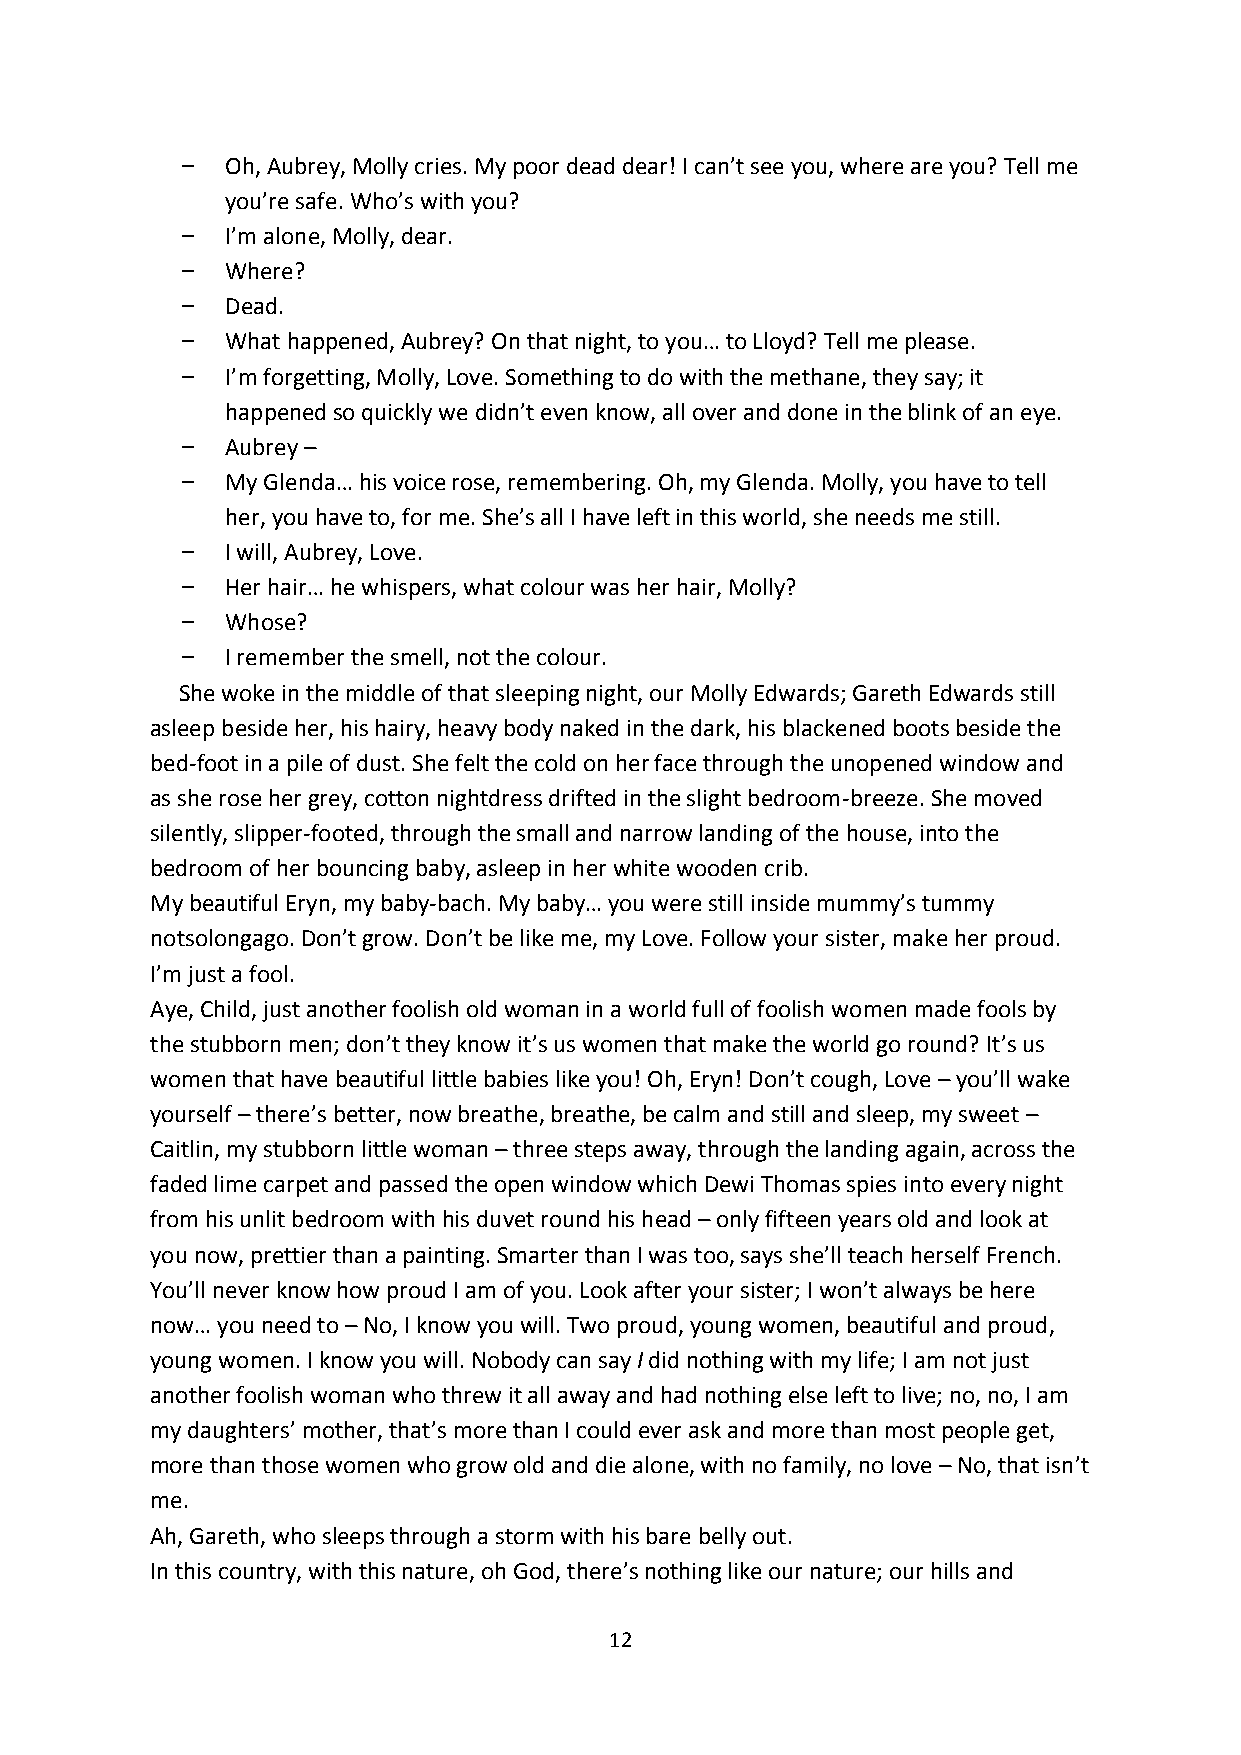
Oh, Aubrey, Molly cries. My poor dead dear! I can’t see you, where are you? Tell me
 you’re safe. Who’s with you?
 I’m alone, Molly, dear.
 Where?
 Dead.
 What happened, Aubrey? On that night, to you… to Lloyd? Tell me please.
 I’m forgetting, Molly, Love. Something to do with the methane, they say; it
 happened so quickly we didn’t even know, all over and done in the blink of an eye.
 Aubrey –
 My Glenda… his voice rose, remembering. Oh, my Glenda. Molly, you have to tell
 her, you have to, for me. She’s all I have left in this world, she needs me still.
 I will, Aubrey, Love.
 Her hair… he whispers, what colour was her hair, Molly?
 Whose?
 I remember the smell, not the colour.
 She woke in the middle of that sleeping night, our Molly Edwards; Gareth Edwards still
 asleep beside her, his hairy, heavy body naked in the dark, his blackened boots beside the
 bed-foot in a pile of dust. She felt the cold on her face through the unopened window and
 as she rose her grey, cotton nightdress drifted in the slight bedroom-breeze. She moved
 silently, slipper-footed, through the small and narrow landing of the house, into the
 bedroom of her bouncing baby, asleep in her white wooden crib.
 My beautiful Eryn, my baby-bach. My baby… you were still inside mummy’s tummy
 notsolongago. Don’t grow. Don’t be like me, my Love. Follow your sister, make her proud.
 I’m just a fool.
 Aye, Child, just another foolish old woman in a world full of foolish women made fools by
 the stubborn men; don’t they know it’s us women that make the world go round? It’s us
 women that have beautiful little babies like you! Oh, Eryn! Don’t cough, Love – you’ll wake
 yourself – there’s better, now breathe, breathe, be calm and still and sleep, my sweet –
 Caitlin, my stubborn little woman – three steps away, through the landing again, across the
 faded lime carpet and passed the open window which Dewi Thomas spies into every night
 from his unlit bedroom with his duvet round his head – only fifteen years old and look at
 you now, prettier than a painting. Smarter than I was too, says she’ll teach herself French.
 You’ll never know how proud I am of you. Look after your sister; I won’t always be here
 now… you need to – No, I know you will. Two proud, young women, beautiful and proud,
 young women. I know you will. Nobody can say I did nothing with my life; I am not just
 another foolish woman who threw it all away and had nothing else left to live; no, no, I am
 my daughters’ mother, that’s more than I could ever ask and more than most people get,
 more than those women who grow old and die alone, with no family, no love – No, that isn’t
 me.
 Ah, Gareth, who sleeps through a storm with his bare belly out.
 In this country, with this nature, oh God, there’s nothing like our nature; our hills and
 12